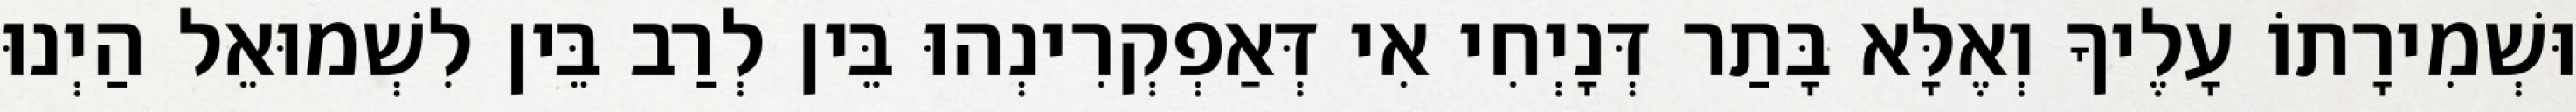
וּשְׁמִירָתוֹ עָלֶיךָ וְאֶלָּא בָּתַר דְּנָיְחִי אִי דְּאַפְקְרִינְהוּ בֵּין לְרַב בֵּין לִשְׁמוּאֵל הַיְנוּ